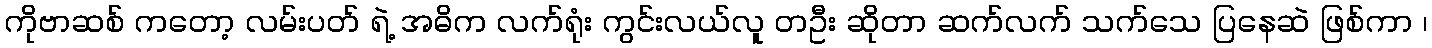
ကိုဗာဆစ် ကတော့ လမ်းပတ် ရဲ့ အဓိက လက်ရုံး ကွင်းလယ်လူ တဦး ဆိုတာ ဆက်လက် သက်သေ ပြနေဆဲ ဖြစ်ကာ ၊